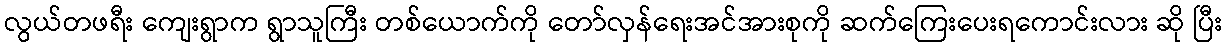
လွယ်တဖရီး ကျေးရွာက ရွာသူကြီး တစ်ယောက်ကို တော်လှန်ရေးအင်အားစုကို ဆက်ကြေးပေးရကောင်းလား ဆို ပြီး